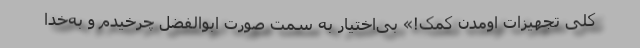
کلی تجهیزات اومدن کمک!» بی‌اختیار به سمت صورت ابوالفضل چرخیدم و به‌خدا